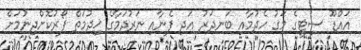
އައްޑޫ ސިޓީގެ މަގު ހެދުމާއި ބަނދަރު އަދި ފެނާއި ނަރުދަމާގެ ޚިދުމަތް ފޯރުކޮށްދިނުމަށް